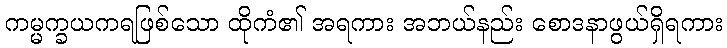
ကမ္မက္ခယကရဖြစ်သော ထိုကံ၏ အရကား အဘယ်နည်း စောဒနာဖွယ်ရှိရကား